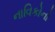
નાવિકોનો